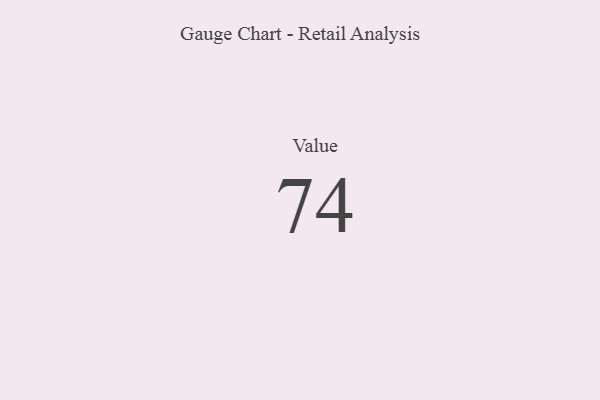
{"axis": {"x": "Metric", "y": "Value"}, "legend": [""], "data": [{"x": "Value", "y": 74, "type": ""}]}